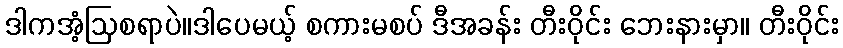
ဒါကအံ့ဩစရာပဲ။ဒါပေမယ့် စကားမစပ် ဒီအခန်း တီးဝိုင်း ဘေးနားမှာ။ တီးဝိုင်း